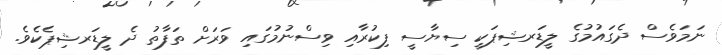
ނަމަވެސް ދެގައުމުގެ ލީޑަރޝިޕަކީ ސިޔާސީ ފިކުރާއި ވިސްނުމުގައި ވަރަށް ތަފާތު ދެ ލީޑަރޝިޕެކެވެ.